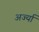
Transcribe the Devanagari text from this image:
अर्ज्या